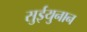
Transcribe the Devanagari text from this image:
सुईयुनान